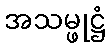
အသမ္ဖုဋ္ဌံ